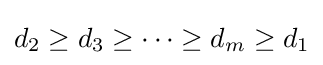
d_{2}\geq d_{3}\geq \cdots \geq d_{m}\geq d_{1}